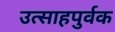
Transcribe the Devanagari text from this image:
उत्साहपुर्वक